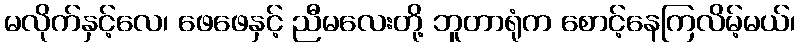
မလိုက်နှင့်လေ၊ ဖေဖေနှင့် ညီမလေးတို့ ဘူတာရုံက စောင့်နေကြလိမ့်မယ်၊